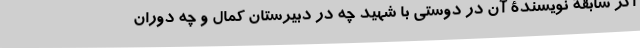
اگر سابقۀ نویسندۀ آن در دوستی با شهید چه در دبیرستان کمال و چه دوران